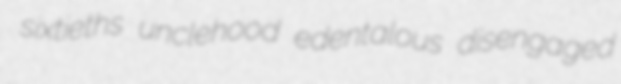
sixtieths unclehood edentalous disengaged